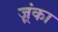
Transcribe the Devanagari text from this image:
ज़्रंका